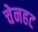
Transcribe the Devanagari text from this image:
चेनहट